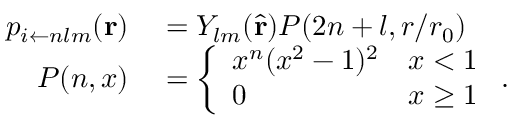
\begin{array} { r l } { p _ { i \leftarrow n l m } ( \mathbf { r } ) } & { { } = Y _ { l m } ( \hat { \mathbf { r } } ) P ( 2 n + l , r / r _ { 0 } ) } \\ { P ( n , x ) } & { { } = \left\{ \begin{array} { l l } { x ^ { n } ( x ^ { 2 } - 1 ) ^ { 2 } } & { x < 1 } \\ { 0 } & { x \ge 1 } \end{array} \right. . } \end{array}